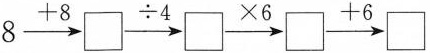
8\xrightarrow[]{+8}\square \xrightarrow[]{\div 4}\square \xrightarrow[]{\times 6}\square \xrightarrow[]{+6}\square